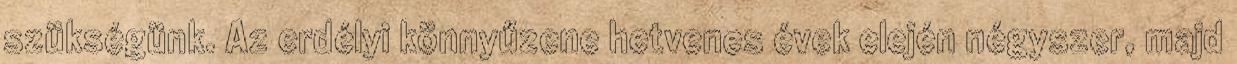
szükségünk. Az erdélyi könnyűzene hetvenes évek elején négyszer, majd